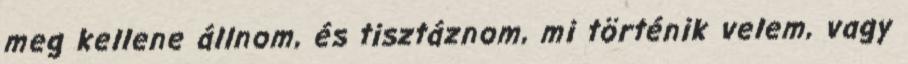
meg kellene állnom, és tisztáznom, mi történik velem, vagy